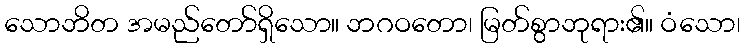
သောဘိတ အမည်တော်ရှိသော။ ဘဂဝတော၊ မြတ်စွာဘုရား၏။ ဝံသော၊